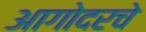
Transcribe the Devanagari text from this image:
आगोदरचे